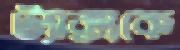
ট্যাক্সকে